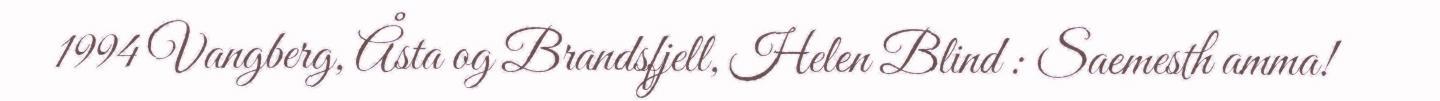
1994 Vangberg, Åsta og Brandsfjell, Helen Blind : Saemesth amma!